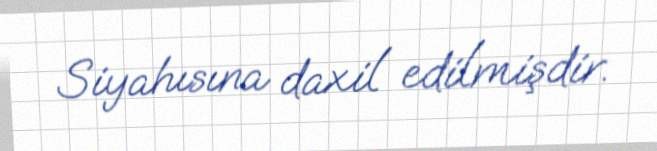
Siyahısına daxil edilmişdir.